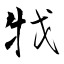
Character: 牫